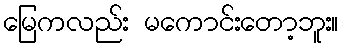
မြေကလည်း မကောင်းတော့ဘူး။